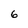
Character: 6